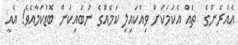
އެއުރެންގެ  ތައް އެކަމަކަށް ވިއްކައިލި ކަމެއްގެ ނުބައިކަން ބޮޑުކަމާއެވެ! އެއީ